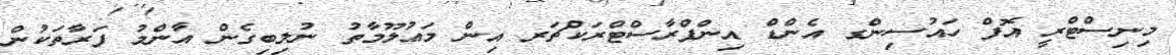
މިނިސްޓްރީ އޮފް ހައުސިންގ އެންޑް އިންފްރާސްޓްރަކްޗަރ އިން މަޢުލޫމާތު ނުލިބިގެން އާންމު ފަރާތަކުން